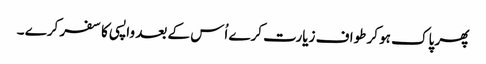
پھر پاک ہو کر طواف زیارت کرے اُس کے بعد واپسی کا سفر کرے ۔